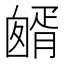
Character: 𦠷